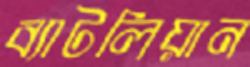
ব্যাটলিয়ান